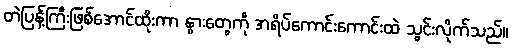
တဲပြန့်ကြီးဖြစ်အောင်ထိုးကာ နွားတွေကို အရိပ်ကောင်းကောင်းထဲ သွင်းလိုက်သည်။